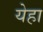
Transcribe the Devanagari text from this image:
येहा